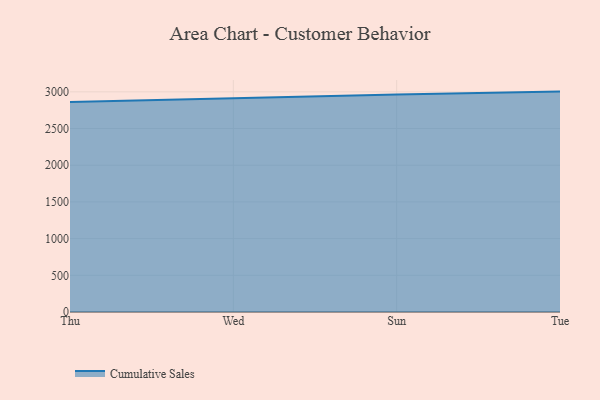
{"axis": {"x": "Day", "y": "Latency (ms)"}, "legend": ["Cumulative Sales"], "data": [{"x": "Thu", "y": 2862.6, "type": "Cumulative Sales"}, {"x": "Wed", "y": 2911.9, "type": "Cumulative Sales"}, {"x": "Sun", "y": 2965.0, "type": "Cumulative Sales"}, {"x": "Tue", "y": 3003.1, "type": "Cumulative Sales"}]}